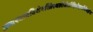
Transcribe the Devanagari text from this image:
अन्यश्चात्रविशेषस्त्रिस्थलीसेतौदिवोदासीयेचज्ञेयः